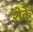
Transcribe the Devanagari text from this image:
शेके